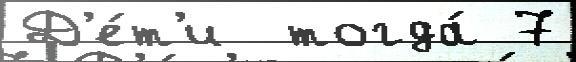
Д'е́т'и  тогда́ 7